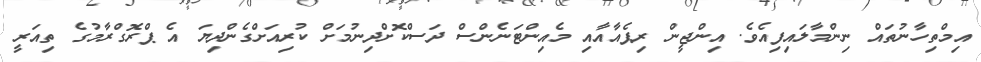
އިމްތިހާނުތައް ނިންމާލައިފިއެވެ. އިންޖީން ރިޕެއާއާއި މެއިންޓަނެންސް ދަސްކޮށްދިނުމަށް ކުރިއަށްގެންދިޔަ އެ ޕްރޮގްރާމުގެ ތިއަރީ